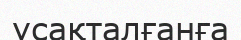
ұсақталғанға